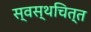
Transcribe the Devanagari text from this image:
स्वस्थचित्त